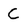
Character: C